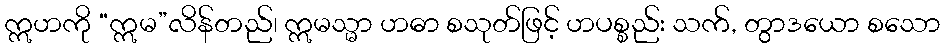
ဣဟကို “ဣမ”လိန်တည်၊ ဣမသ္မာ ဟဓာ စသုတ်ဖြင့် ဟပစ္စည်း သက်, တွာဒယော စသော